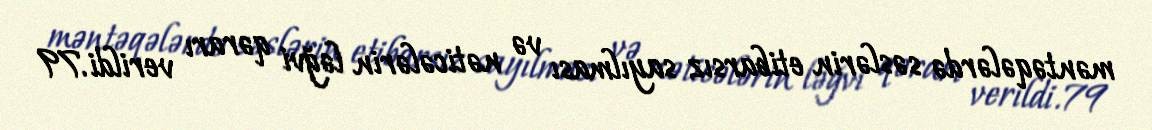
məntəqələrdə səslərin etibarsız sayılması və nəticələrin ləğvi qərarı verildi.79